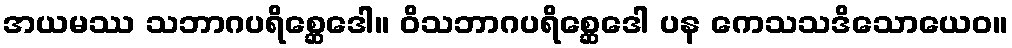
အယမဿ သဘာဂပရိစ္ဆေဒေါ။ ဝိသဘာဂပရိစ္ဆေဒေါ ပန ကေသသဒိသောယေဝ။